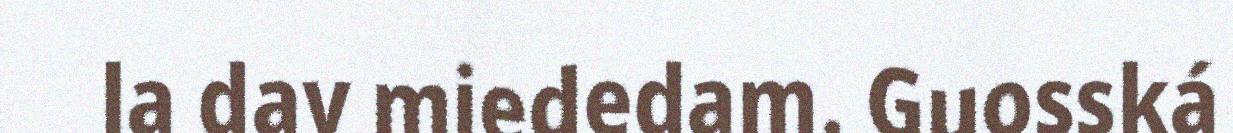
la dav miededam. Guosská